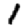
Digit: 1